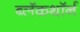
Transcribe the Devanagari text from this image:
ब्लॅकथॉर्न